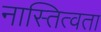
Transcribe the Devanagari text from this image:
नास्तित्वता